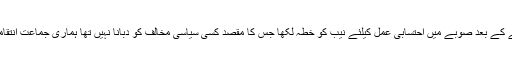
انہوں نے کہا حکومت سنبھالنے کے بعد صوبے میں احتسابی عمل کیلئے نیب کو خطہ لکھا جس کا مقصد کسی سیاسی مخالف کو دبانا نہیں تھا ہماری جماعت انتقامی سیاست پر یقین نہیں رکھتی۔